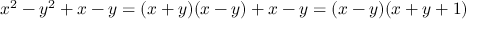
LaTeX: x ^ { 2 } - y ^ { 2 } + x - y = ( x + y ) ( x - y ) + x - y = ( x - y ) ( x + y + 1 )